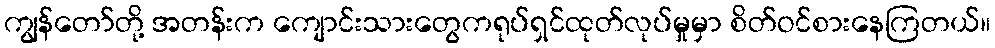
ကျွန်တော်တို့ အတန်းက ကျောင်းသားတွေကရုပ်ရှင်ထုတ်လုပ်မှုမှာ စိတ်ဝင်စားနေကြတယ်။